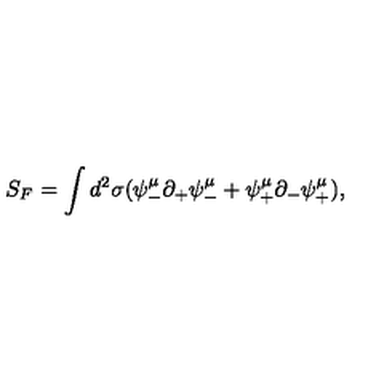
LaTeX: S _ { F } = \int d ^ { 2 } \sigma ( \psi _ { - } ^ { \mu } \partial _ { + } \psi _ { - } ^ { \mu } + \psi _ { + } ^ { \mu } \partial _ { - } \psi _ { + } ^ { \mu } ) ,